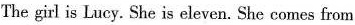
The girl is Lucy. She is eleven. She comes from